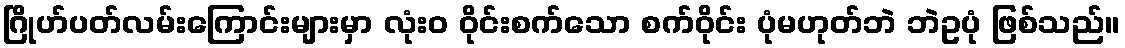
ဂြိုဟ်ပတ်လမ်းကြောင်းများမှာ လုံးဝ ဝိုင်းစက်သော စက်ဝိုင်း ပုံမဟုတ်ဘဲ ဘဲဥပုံ ဖြစ်သည်။